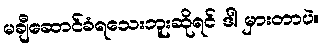
မချီဆောင်ခံရသေးဘူးဆိုရင် ဒါ မှားတာပဲ။